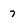
Character: 7